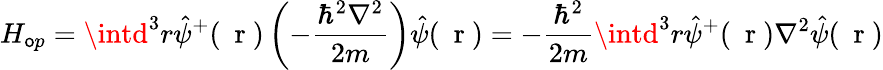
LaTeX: H_{\mathsf{o}p}=\intd^{3}r\hat{{\psi}}^{+}(\mathrm{{~\mathbf{~}r~}})\left(-\frac{{\hbar^{2}\nabla^{2}}}{{2m}}\right)\hat{{\psi}}(\mathrm{{~\mathbf{~}r~}})=-\frac{{\hbar^{2}}}{{2m}}\intd^{3}r\hat{{\psi}}^{+}(\mathrm{{~\mathbf{~}r~}})\nabla^{2}\hat{{\psi}}(\mathrm{{~\mathbf{~}r~}})